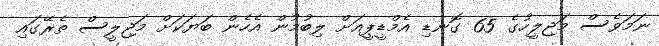
ނަމަވެސް މަޖިލީހުގެ 65 ގޮނޑި އެމްޑީޕީއަށް ލިބުމުން އެހެން ބަޔަކަށް މަޖިލީސް ތެރޭގައި